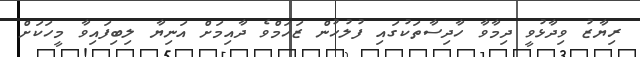
ރިޔާޒު ވިދާޅުވީ ދިމާވާ ހާދިސާތަކުގައި ފުލުހުން ޒަހަމްވެ ދާއިމަށް އަނިޔާ ލިބިފައިވާ މީހަކަށް